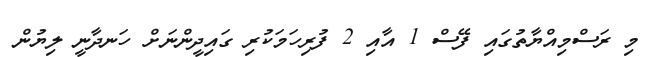
މި ރަސްމިއްޔާތުގައި ފޭސް 1 އާއި 2 ފުރިހަމަކުރި ގައިދީންނަށް ހަނދާނީ ލިޔުން